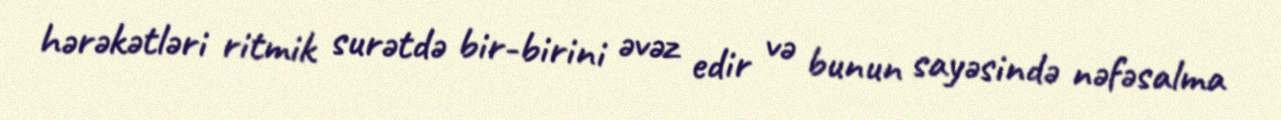
hərəkətləri ritmik surətdə bir-birini əvəz edir və bunun sayəsində nəfəsalma